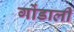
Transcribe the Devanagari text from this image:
गोंडाली